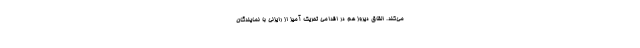
می‌کند. القاق دیروز هم در اقدامی تحریک آمیز از رایزنی با نمایندگان